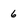
Character: 6